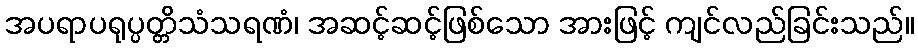
အပရာပရုပ္ပတ္တိသံသရဏံ၊ အဆင့်ဆင့်ဖြစ်သော အားဖြင့် ကျင်လည်ခြင်းသည်။